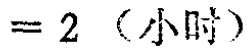
$= 2 \text{（小时）}$